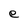
Character: e